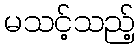
မသင့်သည့်